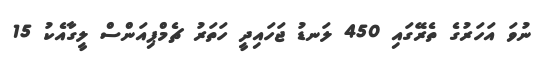
ނުވަ އަހަރުގެ ތެރޭގައި 450 ލަނޑު ޖަހައިދީ ހަތަރު ޗެމްޕިއަންސް ލީގާއެކު 15